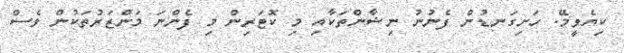
ކިޔެވީމޭ. ހަށިގަނޑުން ފެނުނު ނިޝާންތަކާއި މި ކޮޓަރިން މި ފެންނަ މަންޒަރުތަކުން ވެސް